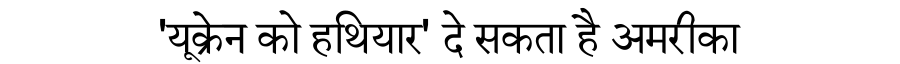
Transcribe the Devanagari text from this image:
'यूक्रेन को हथियार' दे सकता है अमरीका